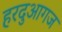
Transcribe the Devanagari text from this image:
हरदुआगज